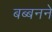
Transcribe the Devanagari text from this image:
बब्बनने